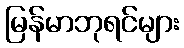
မြန်မာဘုရင်များ